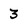
Character: 3